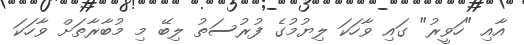
އާއި "ހަވީރު" ގައި ވާހަކަ ލިޔުމުގެ ފުރުސަތު ލިބޭ މި މުބާރާތަށް ވާހަކަ